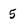
Character: 5